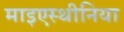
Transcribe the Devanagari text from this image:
माइएस्थीनिया